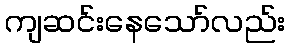
ကျဆင်းနေသော်လည်း